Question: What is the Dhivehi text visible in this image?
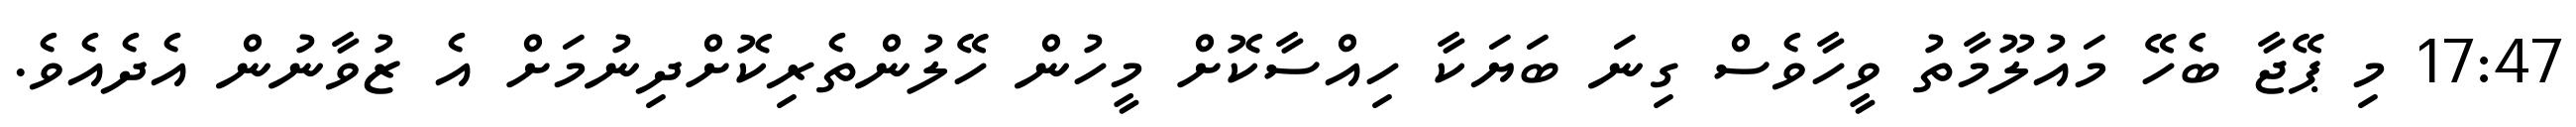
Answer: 17:47 މި ޕޭޖާ ބެހޭ މައުލޫމާތު ވީހާވެސް ގިނަ ބަޔަކާ ހިއްސާކޮށް މީހުން ހޭލުންތެރިކޮށްދިނުމަށް އެ ޒުވާނުން އެދެއެވެ.